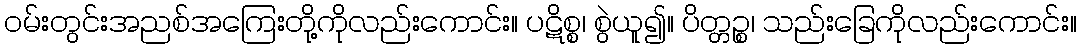
ဝမ်းတွင်းအညစ်အကြေးတို့ကိုလည်းကောင်း။ ပဋိစ္စ၊ စွဲယူ၍။ ပိတ္တဉ္စ၊ သည်းခြေကိုလည်းကောင်း။